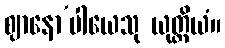
ဈာနော’ပါယေသု ယုတ္တိယံ။